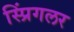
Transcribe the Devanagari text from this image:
स्प्रिंगलर